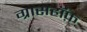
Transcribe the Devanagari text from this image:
ग्रासहॉफ़